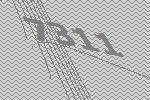
7311